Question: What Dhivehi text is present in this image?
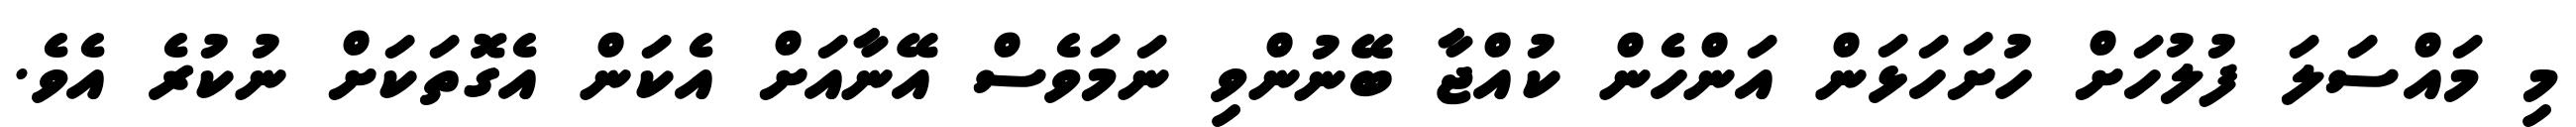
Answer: މި މައްސަލަ ފުލުހަށް ހުށަހަޅަން އަންހެން ކުއްޖާ ބޭނުންވި ނަމަވެސް އޭނާއަށް އެކަން އެގޮތަކަށް ނުކުރެ އެވެ.